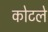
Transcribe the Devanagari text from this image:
कोटले